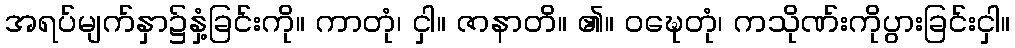
အရပ်မျက်နှာ၌နှံ့ခြင်းကို။ ကာတုံ၊ ငှါ။ ဇာနာတိ။ ၏။ ဝဍ္ဎေတုံ၊ ကသိုဏ်းကိုပွားခြင်းငှါ။